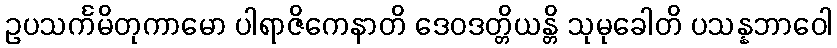
ဥပသင်္ကမိတုကာမော ပါရာဇိကေနာတိ ဒေဝဒတ္တိယန္တိ သုမုခေါတိ ပသန္နဘာဝေါ